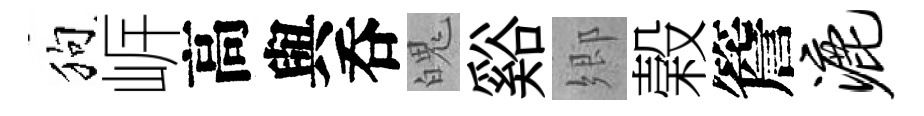
狗㟁高與呑魄谿郷榖簷漉